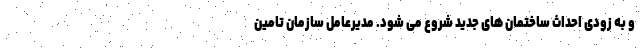
و به زودی احداث ساختمان های جدید شروع می شود. مدیرعامل سازمان تامین